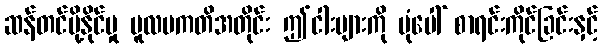
ဆန်တင်ပို့နိုင်မှု မူလပကတိအတိုင်း ဤငါးများကို ပုံပေါ် စာရင်းကိုင်ခြင်းနှင့်